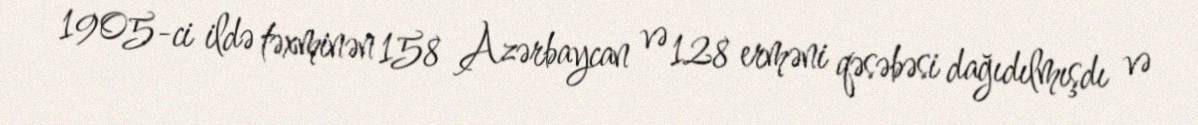
1905-ci ildə təxminən 158 Azərbaycan və 128 erməni qəsəbəsi dağıdılmışdı və